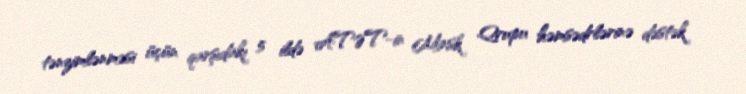
tənzimlənməsi üçün qarşıdakı 5 ildə ATƏT-in Minsk Qrupu həmsədrlərinə dəstək